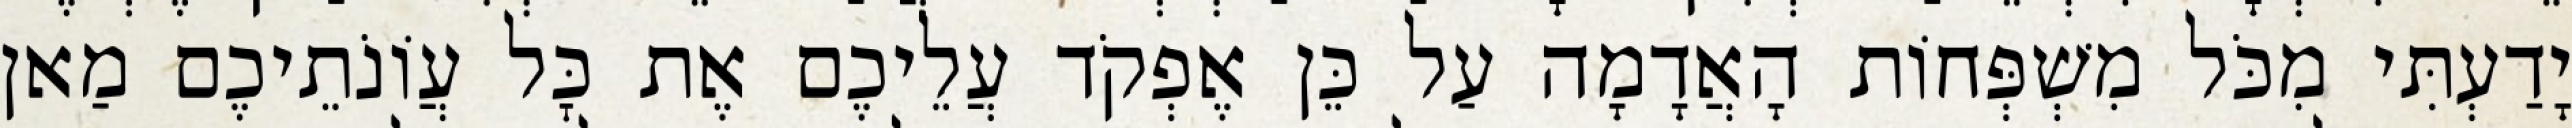
יָדַעְתִּי מִכֹּל מִשְׁפְּחוֹת הָאֲדָמָה עַל כֵּן אֶפְקֹד עֲלֵיכֶם אֶת כׇּל עֲוֹנֹתֵיכֶם מַאן